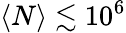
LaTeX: \langle N\rangle\lesssim 10^{6}